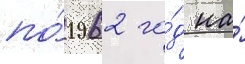
по́ 1962 го́д на́